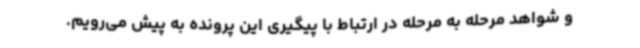
و شواهد مرحله به مرحله در ارتباط با پیگیری این پرونده به پیش می‌رویم.